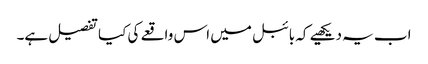
اب یہ دیکھیے کہ بائبل میں اس واقعے کی کیا تفصیل ہے۔